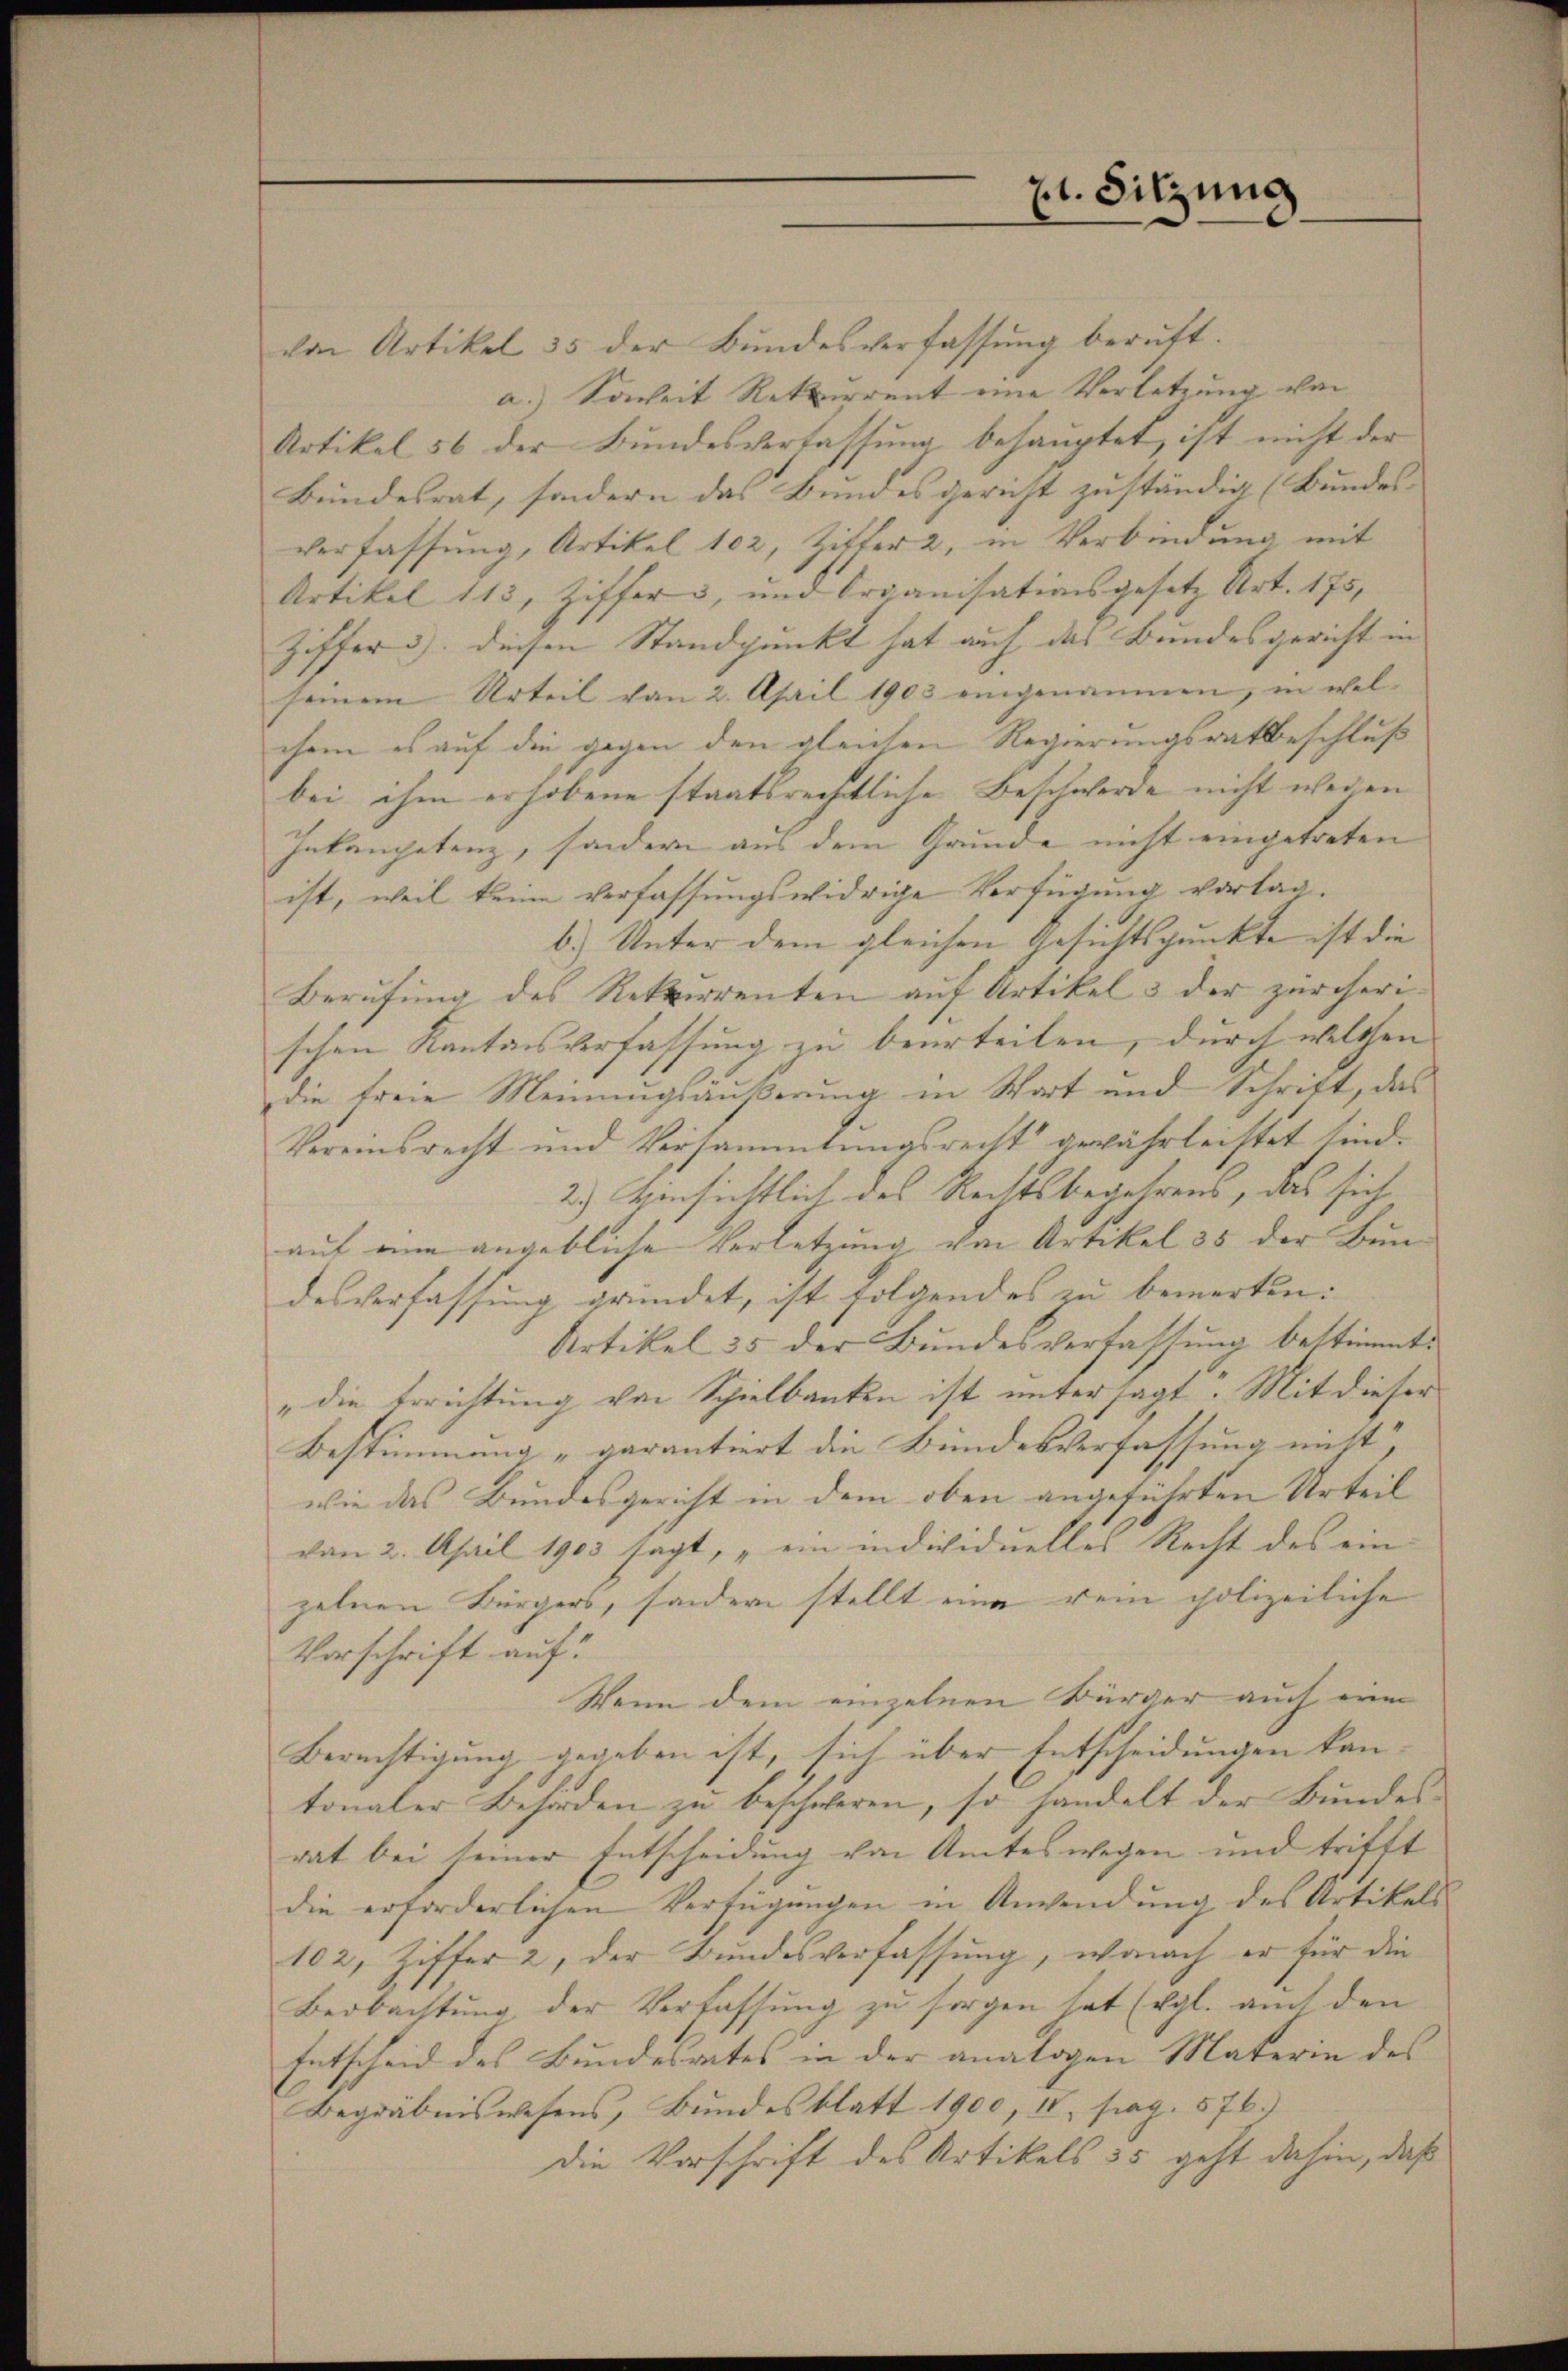
zt. Sitzung

von Artikel 35 der Bundesverfassŭng beruft.
a.) Soweit Rekurrent eine Verletzung von
Artikel 56 der Bŭndesverfassŭng behauptet, ist nicht der
Bundesrat, sondern das Bundesgericht zuständig (Bundes-
verfassung, Artikel 102, Zitter 2, in Verbindung mit
Artikel 115, Ziffers, und Organisationsgesetz Art. 175,
Ziffer 3). Diesen Standpunkt hat auf das Bundesgericht in
seinem Urteil von 2. April 1903 eingenommen, in welchem es auf die gegen den gleichen Regierungsratheschluß
bei ihm erhobene staatsrechtliche Beschwerde nicht wegen
Inkompetenz, sondern aus dem Grunde nicht eingetreten |
ist, weil keine Verfassungswidrige Verfügung vorlag.
b.) Unter dem gleichen Gesichtspunkte ist die
Berufung des Rekurrenten auf Artikel 3 der zürcherischen Kantonsverfassung zu beurteilen, durch welchen
die freie Meinungsäußerung in Wort und Schrift, das
Vereinsrecht und Versammlungsrecht gewährleistet sind.
2.) Einsichtlich des Rechtsbegehrens, das sich
auf ein angebliche Verletzung, den Artikel 35 der Bun-
desverfassung gründet, ist folgendes zu bemerken:
Artikel 35 der Bundesverfassung bestimmt.
„die Errichtung von Spielbanken ist unter sagt. Mit dieser
Bestimmung „garantiert die Bundesverfassung nicht,
wie das Bundesgericht in dem oben angeführten Urteil
von 2. April 1903 sagt, „ein individuelles Recht des ein-
zelnen Bürgers, sondern stellt eine rein polizeiliche
Vorschrift auf
Wenn dem einzelnen Bürger auch eine
Berechtigung gegeben ist, sich über Entscheidungen kan-
tonaler Behörden zu beschweren, so handelt der Bundesrat bei seiner Entscheidung von Amtes wegen und trifft
die erforderlichen Verfügungen in Anwendung des Artikels
102, Ziffer 2, der Bundesverfassung, wonach er für die
Beobachtung der Verfassung zu sorgen hat (vgl. auch den
Entscheid des Bundesrates in der analogen Materin des
Begräbniswesens, Bundesblatt 1900, IV, pag. 576.)
die Vorschrift des Artikels 35 geht dahin, daß